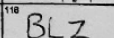
Transcription: BLZ